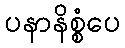
ပနာနိစ္စံပေ